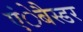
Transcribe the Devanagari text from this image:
एंेबैस्डर